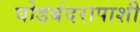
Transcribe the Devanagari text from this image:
घोडबंदरापाशी